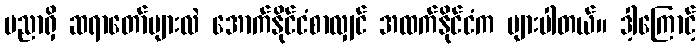
ပညာရှိ ဆရာတော်များလဲ အောက်နိုင်ငံစာလျှင် အထက်နိုင်ငံက များပါတယ်။ ဒါ့ကြောင့်